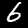
Digit: 6